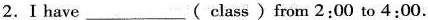
2.I have___( class )from 2:00 to 4:00.